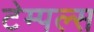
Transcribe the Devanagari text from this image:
टेम्पल्स